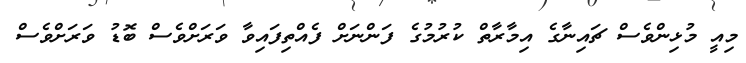
މިއީ މުޅިންވެސް ޗައިނާގެ އިމާރާތް ކުރުމުގެ ފަންނަށް ފެއްތިފައިވާ ވަރަށްވެސް ބޮޑު ވަރަށްވެސް